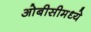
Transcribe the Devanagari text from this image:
ओबीसीमध्ये